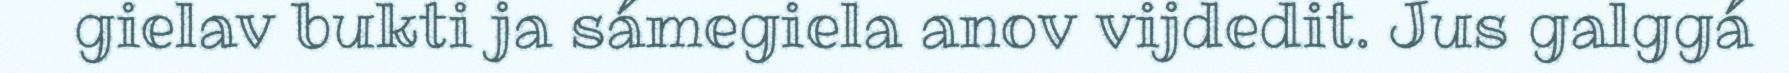
gielav bukti ja sámegiela anov vijdedit. Jus galggá